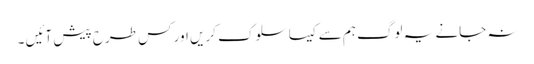
نہ جانے یہ لوگ ہم سے کیسا سلوک کریں اور کس طرح پیش آئیں ۔